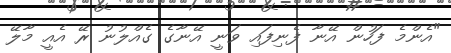
"އެންމެ ފަހުން އޭނާ ފެނިފައި ވަނީ އޭނާގެ ގެއްލުނު ރޭ އެއީ މާލޭ